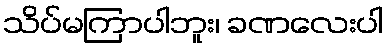
သိပ်မကြာပါဘူး၊ ခဏလေးပါ